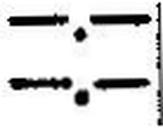
—.—